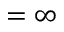
= \infty